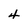
Character: 4